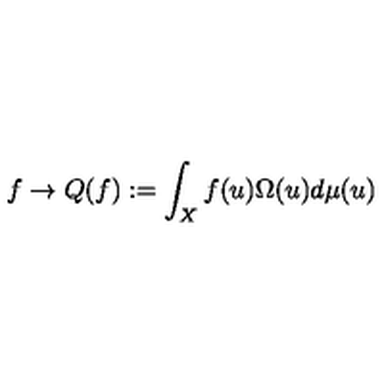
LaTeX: f \rightarrow Q ( f ) : = \int _ { X } f ( u ) \Omega ( u ) d \mu ( u )